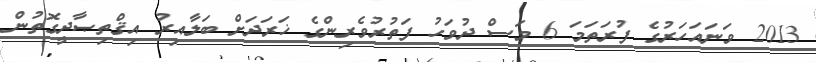
2013 ވަނައަހަރުގެ ފުރަތަމަ 6 މަސް ދުވަހު ފަތުރުވެރިންގެ ޚަރަދަށް ބަލާއިރު އިޤްތިޞާދީގޮތުން